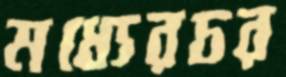
মধ্যেরচর